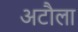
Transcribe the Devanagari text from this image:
अटौला